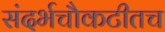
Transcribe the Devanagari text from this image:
संदर्भचौकटीतच